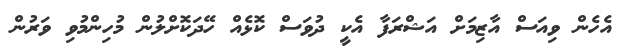
އެހެން ވިއަސް އާޒިމަށް އަޝްރަފާ އެކީ ދުވަސް ކޮޅެއް ހޭދަކޮށްލުން މުހިންމުވި ވަރުން